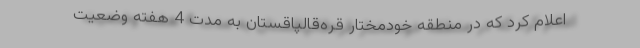
اعلام کرد که در منطقه خودمختار قره‌قالپاقستان به مدت 4 هفته وضعیت